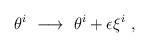
LaTeX: \begin{align*}\theta^{i}\ \longrightarrow\ \theta^{i} + \epsilon \xi^{i}\ ,\end{align*}